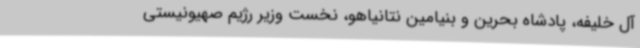
آل خلیفه، پادشاه بحرین و بنیامین نتانیاهو، نخست وزیر رژیم صهیونیستی